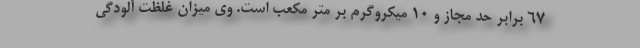
۶۷ برابر حد مجاز و ۱۰ میکروگرم بر متر مکعب است. وی میزان غلظت آلودگی